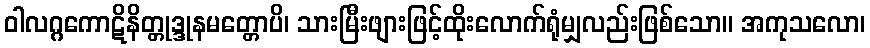
ဝါလဂ္ဂကောဋိနိတ္တုဒ္ဒုနမတ္တောပိ၊ သားမြီးဖျားဖြင့်ထိုးလောက်ရုံမျှလည်းဖြစ်သော။ အကုသလော၊